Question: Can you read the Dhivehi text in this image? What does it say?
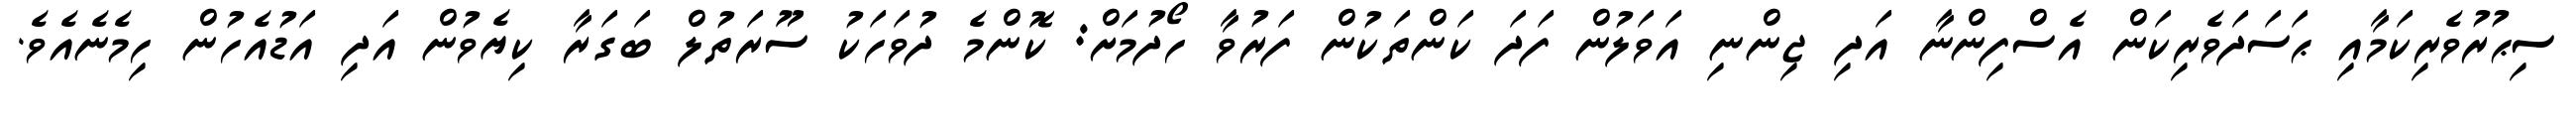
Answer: ސިޙުރުވެރިކަމާއި ޙަސަދަވެރިކަން އެސްފިންނާ އަދި ޖިންނި އަވަލުން ފަދަ ކަންތަކުން ފަރުވާ ހޯދުމަށް: ކޮންމެ ދުވަހަކު ސޫރަތުލް ބަގަރާ ކިޔެވުން އަދި އަޑުއެހުން ހިމެނެއެވެ.